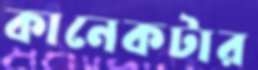
কানেকটার